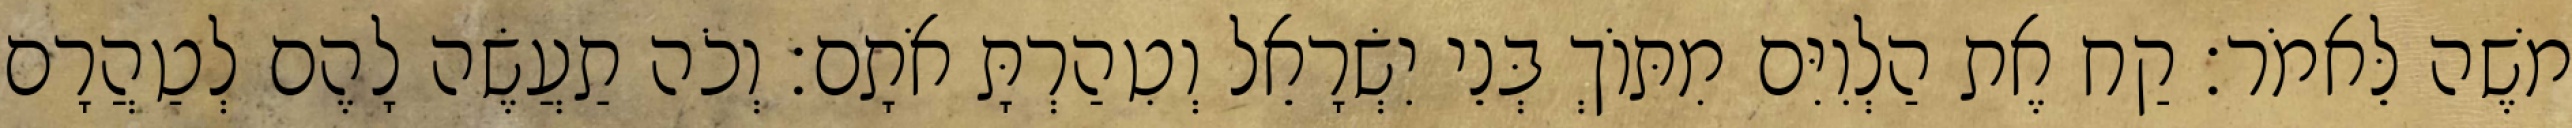
משֶׁה לֵּאמֹר׃ קַח אֶת הַלְוִיִּם מִתּוֹךְ בְּנֵי יִשְׂרָאֵל וְטִהַרְתָּ אֹתָם׃ וְכֹה תַעֲשֶׂה לָהֶם לְטַהֲרָם